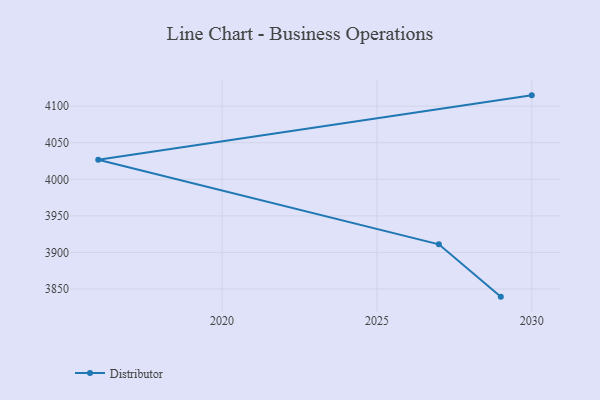
{"axis": {"x": "Year", "y": "LTV (USD)"}, "legend": ["Distributor"], "data": [{"x": "2029", "y": 3839.6, "type": "Distributor"}, {"x": "2027", "y": 3911.1, "type": "Distributor"}, {"x": "2016", "y": 4026.7, "type": "Distributor"}, {"x": "2030", "y": 4114.8, "type": "Distributor"}]}